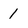
Character: 1